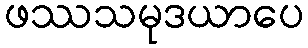
ဖဿသမုဒယာပေ